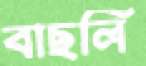
বাছলি